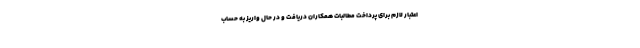
اعتبار لازم برای پرداخت مطالبات همکاران دریافت و در حال واریز به حساب